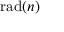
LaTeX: \operatorname { r a d } ( n )